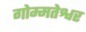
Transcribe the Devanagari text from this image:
गोम्मतेश्वर